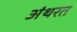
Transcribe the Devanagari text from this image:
अंथरत